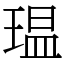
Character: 瑥